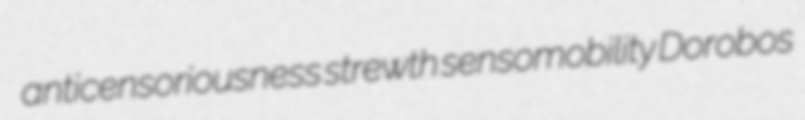
anticensoriousness strewth sensomobility Dorobos